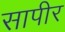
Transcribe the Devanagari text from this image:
सापीर